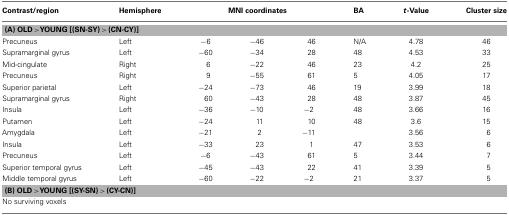
<table><thead><tr><td><b>Contrast/region</b></td><td><b>Hemisphere</b></td><td colspan="3"><b>MNI coordinates</b></td><td><b>BA</b></td><td><b><i>t</i>-Value</b></td><td><b>Cluster size</b></td></tr></thead><tbody><tr><td colspan="8"><b>(A) OLD &gt; YOUNG [(SN-SY) &gt; (CN-CY)]</b></td></tr><tr><td>Precuneus</td><td>Left</td><td>−6</td><td>−46</td><td>46</td><td>N/A</td><td>4.78</td><td>46</td></tr><tr><td>Supramarginal gyrus</td><td>Left</td><td>−60</td><td>−34</td><td>28</td><td>48</td><td>4.53</td><td>33</td></tr><tr><td>Mid-cingulate</td><td>Right</td><td>6</td><td>−22</td><td>46</td><td>23</td><td>4.2</td><td>25</td></tr><tr><td>Precuneus</td><td>Right</td><td>9</td><td>−55</td><td>61</td><td>5</td><td>4.05</td><td>17</td></tr><tr><td>Superior parietal</td><td>Left</td><td>−24</td><td>−73</td><td>46</td><td>19</td><td>3.99</td><td>18</td></tr><tr><td>Supramarginal gyrus</td><td>Right</td><td>60</td><td>−43</td><td>28</td><td>48</td><td>3.87</td><td>45</td></tr><tr><td>Insula</td><td>Left</td><td>−36</td><td>−10</td><td>−2</td><td>48</td><td>3.66</td><td>16</td></tr><tr><td>Putamen</td><td>Left</td><td>−24</td><td>11</td><td>10</td><td>48</td><td>3.6</td><td>15</td></tr><tr><td>Amygdala</td><td>Left</td><td>−21</td><td>2</td><td>−11</td><td></td><td>3.56</td><td>6</td></tr><tr><td>Insula</td><td>Left</td><td>−33</td><td>23</td><td>1</td><td>47</td><td>3.53</td><td>6</td></tr><tr><td>Precuneus</td><td>Left</td><td>−6</td><td>−43</td><td>61</td><td>5</td><td>3.44</td><td>7</td></tr><tr><td>Superior temporal gyrus</td><td>Left</td><td>−45</td><td>−43</td><td>22</td><td>41</td><td>3.39</td><td>5</td></tr><tr><td>Middle temporal gyrus</td><td>Left</td><td>−60</td><td>−22</td><td>−2</td><td>21</td><td>3.37</td><td>5</td></tr><tr><td colspan="8"><b>(B) OLD &gt; YOUNG [(SY-SN) &gt; (CY-CN)]</b></td></tr><tr><td>No surviving voxels</td></tr></tbody></table>